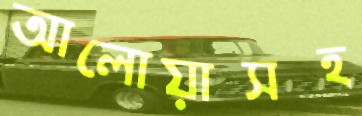
আলোয়াসহ